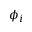
\phi _ { i }